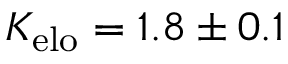
K _ { \mathrm { e l o } } = 1 . 8 \pm 0 . 1